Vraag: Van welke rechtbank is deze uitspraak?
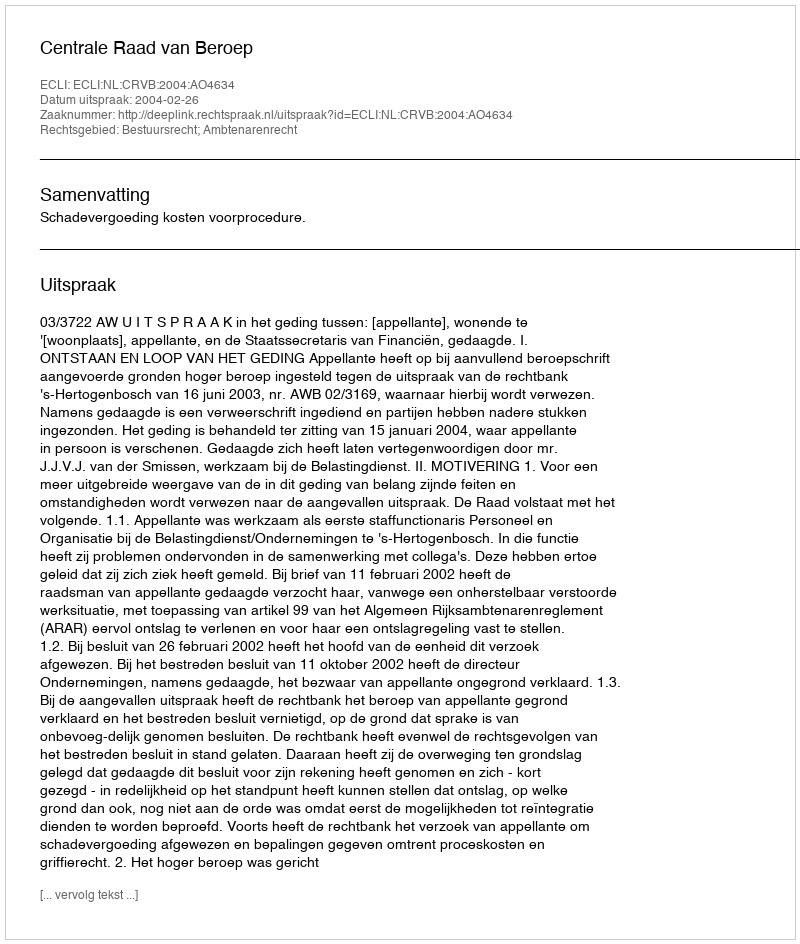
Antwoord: Centrale Raad van Beroep